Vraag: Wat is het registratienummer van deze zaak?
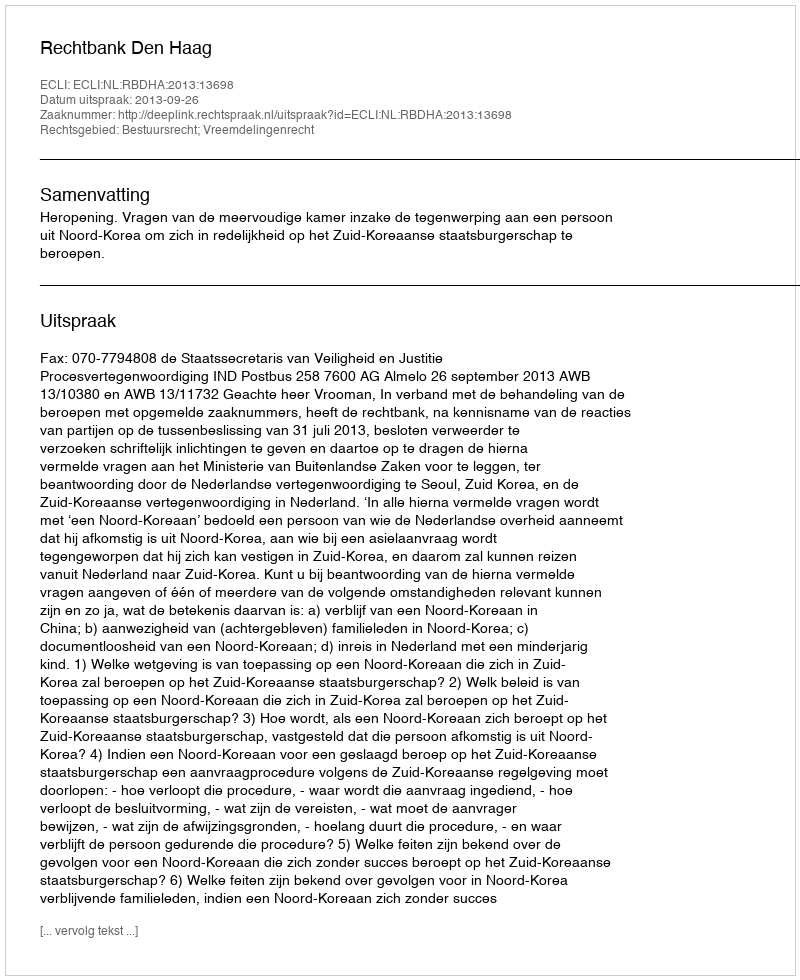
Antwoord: http://deeplink.rechtspraak.nl/uitspraak?id=ECLI:NL:RBDHA:2013:13698